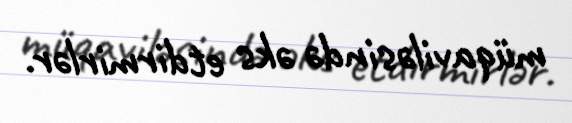
müqaviləsində əks etdirmirlər.